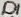
Text: D1